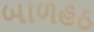
બાળહઠ